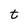
Character: t